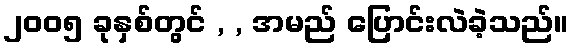
၂၀၀၅ ခုနှစ်တွင် , , အမည် ပြောင်းလဲခဲ့သည်။